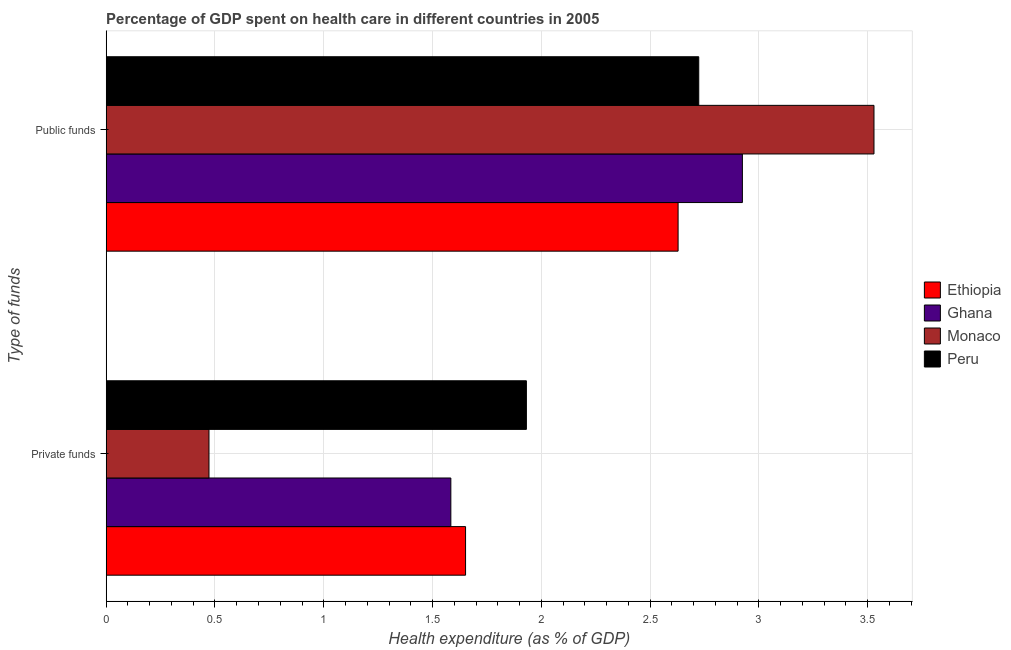
| Type of funds | Ethiopia | Ghana | Monaco | Peru |
 | --- | --- | --- | --- | --- |
 | Private funds | 1.65 | 1.58 | 0.472 | 1.93 |
 | Public funds | 2.63 | 2.92 | 3.53 | 2.72 |